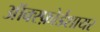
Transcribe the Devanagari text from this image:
ऑक्स्फ़ोर्डशायर